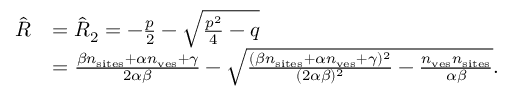
\begin{array} { r l } { \hat { R } } & { = \hat { R } _ { 2 } = - \frac { p } { 2 } - \sqrt { \frac { p ^ { 2 } } { 4 } - q } } \\ & { = \frac { \beta n _ { \mathrm { s i t e s } } + \alpha n _ { \mathrm { v e s } } + \gamma } { 2 \alpha \beta } - \sqrt { \frac { ( \beta n _ { \mathrm { s i t e s } } + \alpha n _ { \mathrm { v e s } } + \gamma ) ^ { 2 } } { ( 2 \alpha \beta ) ^ { 2 } } - \frac { n _ { \mathrm { v e s } } n _ { \mathrm { s i t e s } } } { \alpha \beta } } . } \end{array}